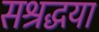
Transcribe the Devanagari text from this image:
सश्रद्धया